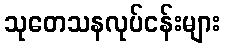
သုတေသနလုပ်ငန်းများ